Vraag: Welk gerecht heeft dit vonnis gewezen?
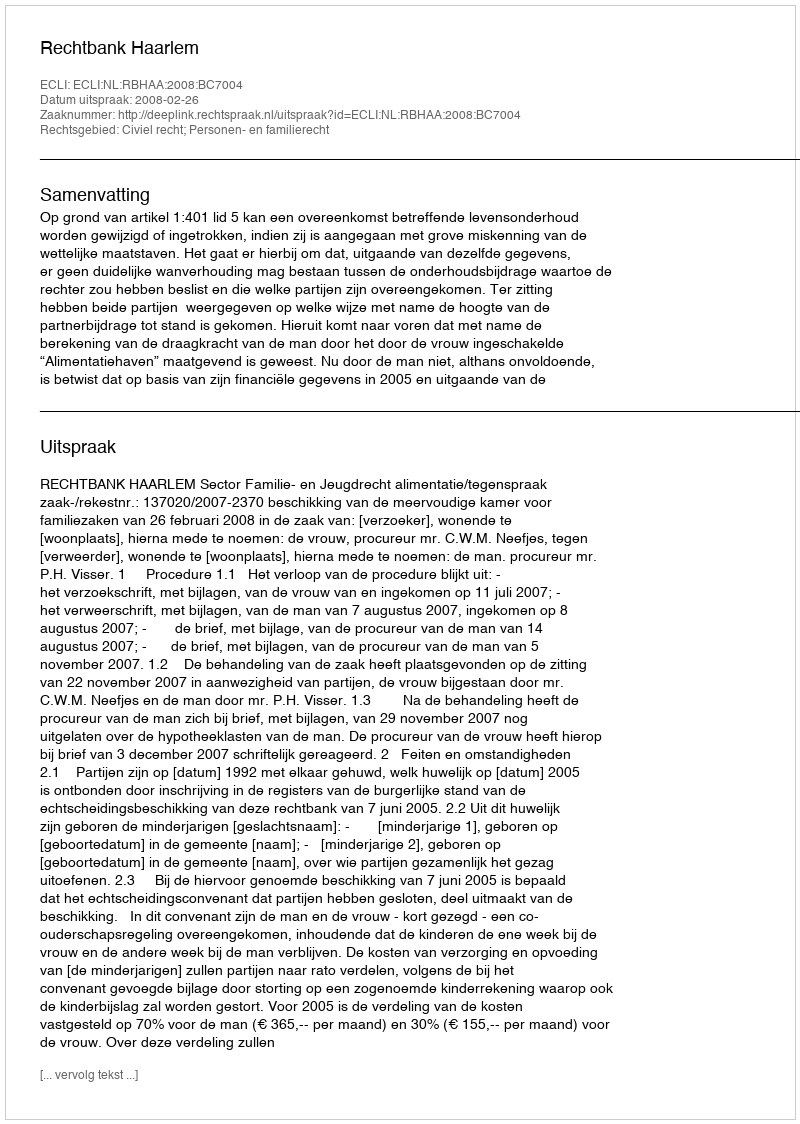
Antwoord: Rechtbank Haarlem